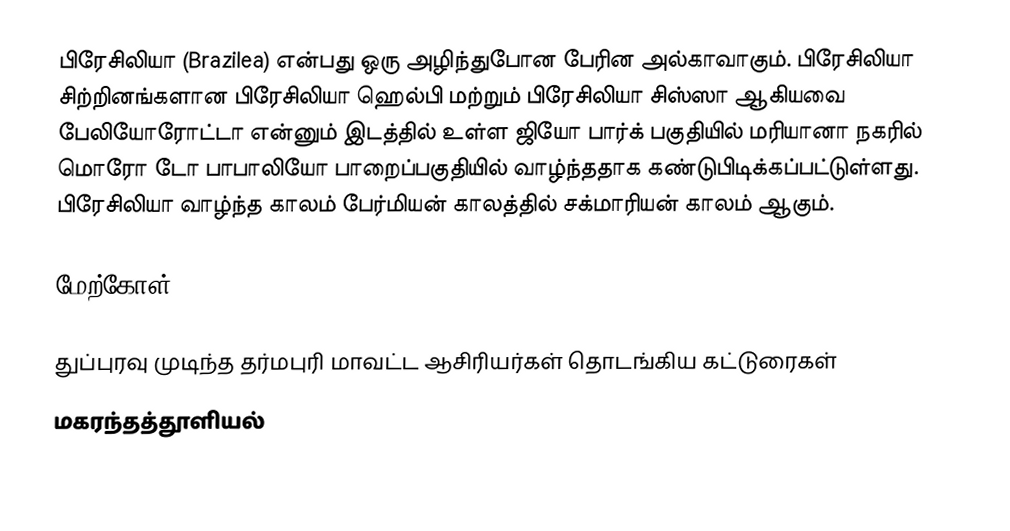
பிரேசிலியா (Brazilea) என்பது ஒரு அழிந்துபோன  பேரின அல்காவாகும். பிரேசிலியா சிற்றினங்களான பிரேசிலியா ஹெல்பி மற்றும் பிரேசிலியா சிஸ்ஸா ஆகியவை   பேலியோரோட்டா என்னும் இடத்தில் உள்ள ஜியோ பார்க் பகுதியில் மரியானா நகரில் மொரோ டோ பாபாலியோ பாறைப்பகுதியில் வாழ்ந்ததாக கண்டுபிடிக்கப்பட்டுள்ளது. பிரேசிலியா வாழ்ந்த காலம் பேர்மியன் காலத்தில் சக்மாரியன் காலம் ஆகும்.

மேற்கோள்

துப்புரவு முடிந்த தர்மபுரி மாவட்ட ஆசிரியர்கள் தொடங்கிய கட்டுரைகள்
மகரந்தத்தூளியல்